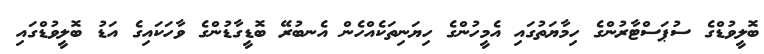
ބޮލީވުޑްގެ ސުޕަސްޓާރުންގެ ހިމާޔަތުގައި އެމީހުންގެ ހިޔަނިތަކެއްހެން އެނބުރޭ ބޮޑީގާޑުންގެ ވާހަކައިގެ އަޑު ބޮލީވުޑްގައި